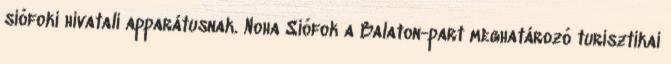
siófoki hivatali apparátusnak. Noha Siófok a Balaton-part meghatározó turisztikai